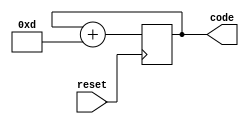
module CodeGenerator(
	input reset, 
	output [3:0] code
);
  reg [3:0] clk_cnt = 4'b0000;
  always @ (posedge reset) begin
    clk_cnt <= clk_cnt + 4'b1101;
  end
  assign code = clk_cnt;
endmodule